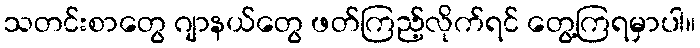
သတင်းစာတွေ ဂျာနယ်တွေ ဖတ်ကြည့်လိုက်ရင် တွေ့ကြရမှာပါ။